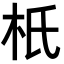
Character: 𣏚